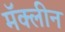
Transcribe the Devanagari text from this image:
मॅक्लीन